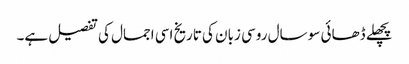
پچھلے ڈھائی سو سال روسی زبان کی تاریخ اسی اجمال کی تفصیل ہے۔